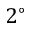
2 ^ { \circ }